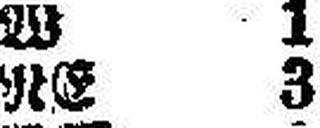
RE 3